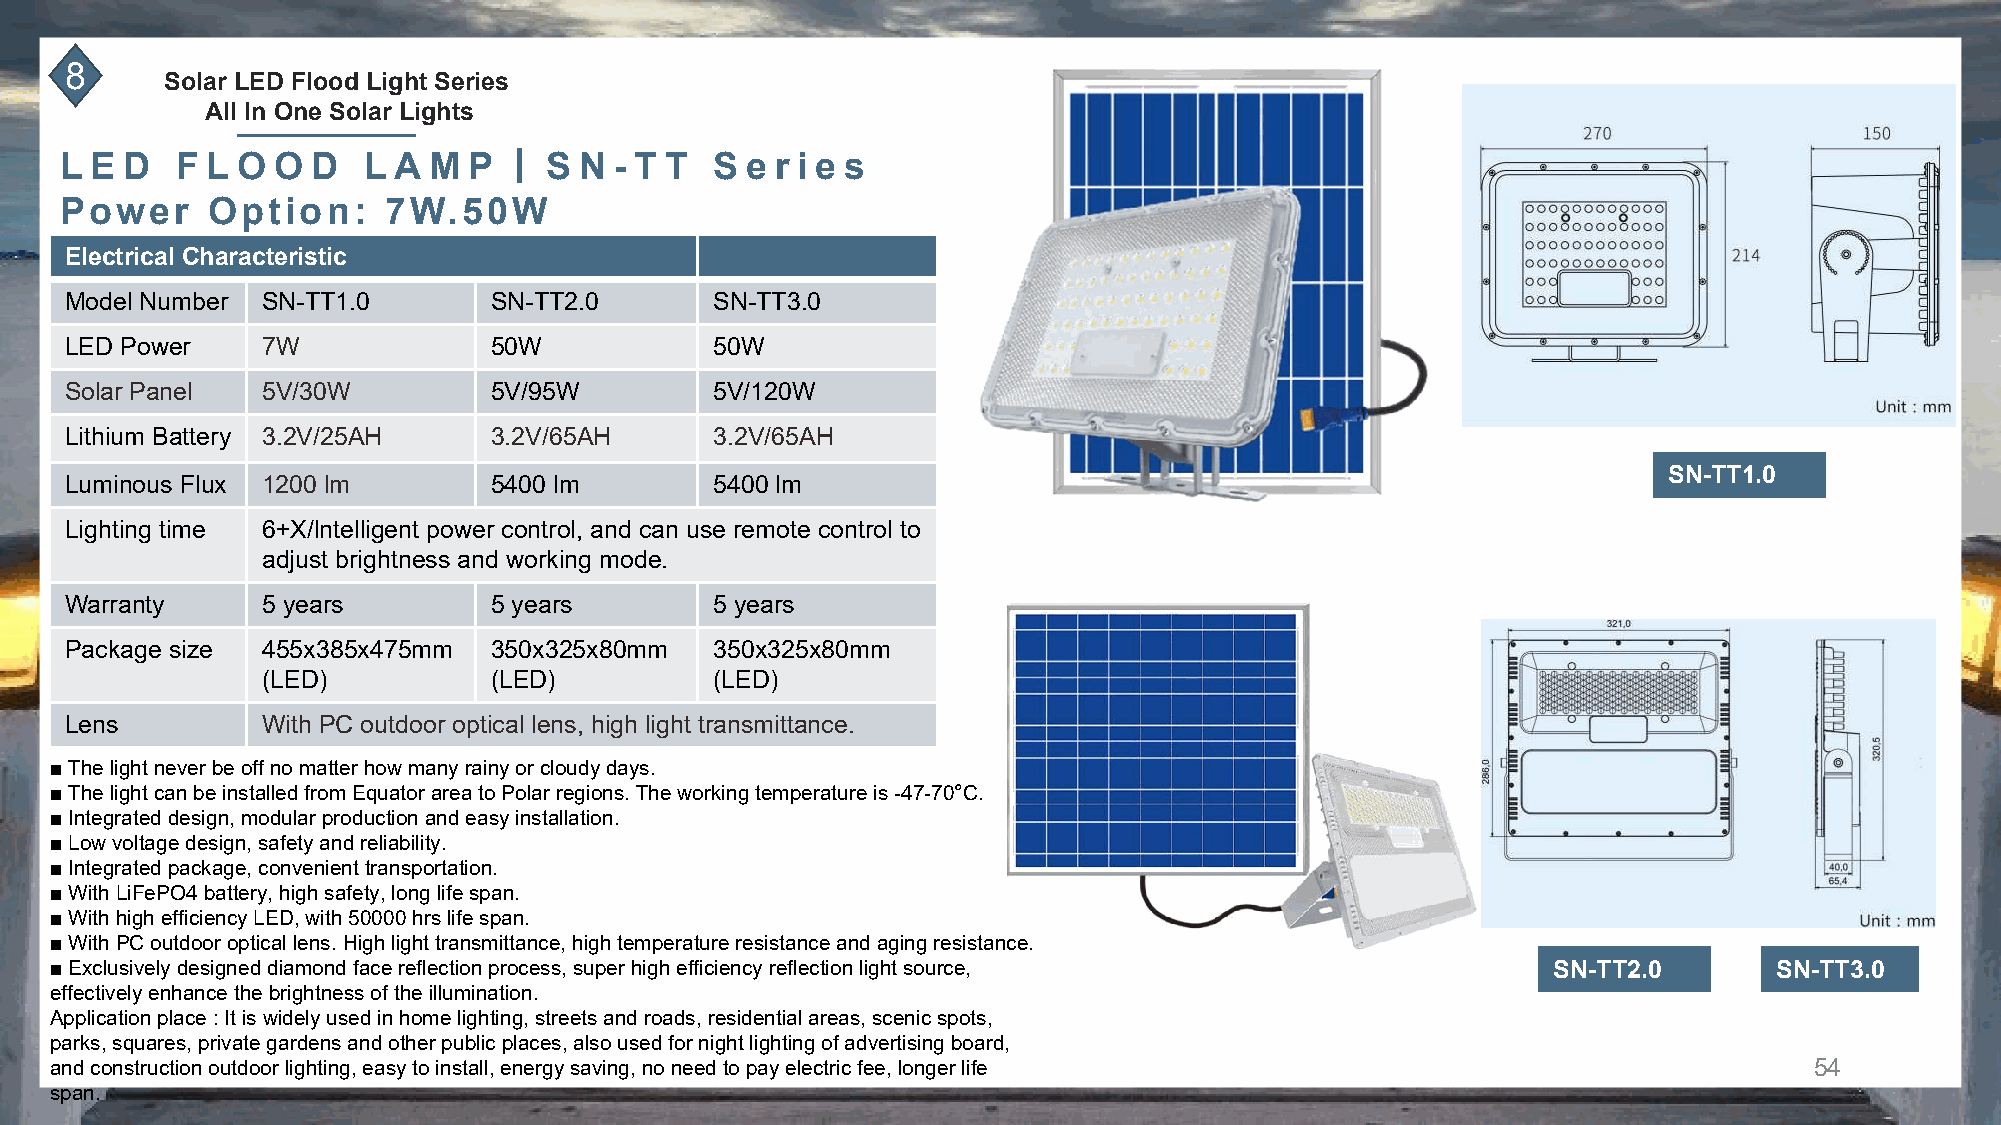
8
 Solar LED Flood Light Series
 All In One Solar Lights
 丨
 L E D   F L O O  D  L A M  P    S N  - T T S e r i e s
 Power     Option:    7W.50W
 Electrical Characteristic
 Model Number SN-TT1.0       SN-TT2.0       SN-TT3.0
 LED Power    7W             50W            50W
 Solar Panel  5V/30W         5V/95W         5V/120W
 Lithium Battery 3.2V/25AH   3.2V/65AH      3.2V/65AH
 SN-TT1.0
 Luminous Flux 1200 lm       5400 lm        5400 lm
 Lighting time 6+X/lntelligent power control, and can use remote control to
 adjust brightness and working mode.
 Warranty     5 years        5 years        5 years
 Package size 455x385x475mm  350x325x80mm   350x325x80mm
 (LED)          (LED)          (LED)
 Lens         With PC outdoor optical lens, high light transmittance.
 ■ The light never be off no matter how many rainy or cloudy days.
 ■ The light can be installed from Equator area to Polar regions. The working temperature is -47-70°C.
 ■ Integrated design, modular production and easy installation.
 ■ Low voltage design, safety and reliability.
 ■ Integrated package, convenient transportation.
 ■ With LiFePO4 battery, high safety, long life span.
 ■ With high efficiency LED, with 50000 hrs life span.
 ■ With PC outdoor optical lens. High light transmittance, high temperature resistance and aging resistance.
 ■ Exclusively designed diamond face reflection process, super high efficiency reflection light source, SN-TT2.0    SN-TT3.0
 effectively enhance the brightness of the illumination.
 Application place : It is widely used in home lighting, streets and roads, residential areas, scenic spots,
 parks, squares, private gardens and other public places, also used for night lighting of advertising board,
 and construction outdoor lighting, easy to install, energy saving, no need to pay electric fee, longer life          54
 span.